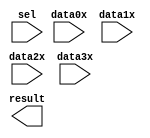
module countselecta (
	data0x,
	data1x,
	data2x,
	data3x,
	sel,
	result);

	input	[7:0]  data0x;
	input	[7:0]  data1x;
	input	[7:0]  data2x;
	input	[7:0]  data3x;
	input	[1:0]  sel;
	output	[7:0]  result;

endmodule